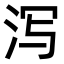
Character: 泻